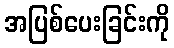
အပြစ်ပေးခြင်းကို